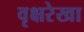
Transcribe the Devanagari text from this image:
वृक्षरेखा